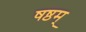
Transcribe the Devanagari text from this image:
षष्ठम्‌